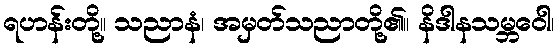
ရဟန်းတို့။ သညာနံ၊ အမှတ်သညာတို့၏။ နိဒါနသမ္ဘဝေါ၊